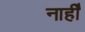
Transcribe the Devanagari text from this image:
नाहीँ